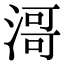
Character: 滒